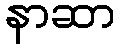
နာဆာ